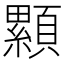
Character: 𩕃